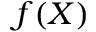
f ( X )